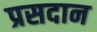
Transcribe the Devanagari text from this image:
प्रसदान